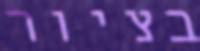
בציור